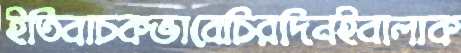
ইতিবাচকভাবেচিরদিনইবালাক